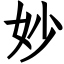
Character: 妙